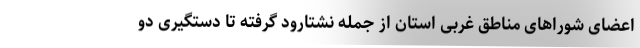
اعضای شوراهای مناطق غربی استان از جمله نشتارود گرفته تا دستگیری دو